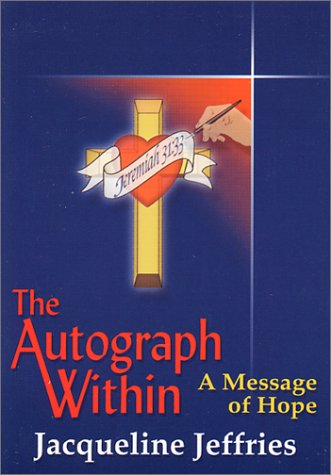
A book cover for The Autograph Within : A Message of Hope; Jacqueline Jeffries; Health, Fitness & Dieting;